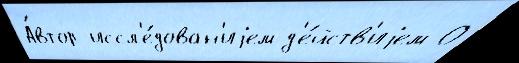
А́втор иссл'е́дован'иjем д'е́йств'иjем О